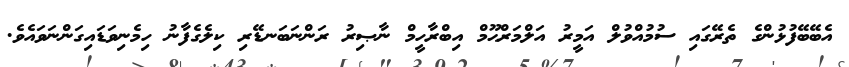
އެބޭބޭފުޅުންގެ ތެރޭގައި ސުމުއްވުލް އަމީރު އަލްމަރްޙޫމް އިބްރާހީމް ނާޞިރު ރަންނަބަނޑޭރި ކިލެގެފާނު ހިމެނިވަޑައިގަންނަވައެވެ.